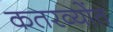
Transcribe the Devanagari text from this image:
कतरव्योंत